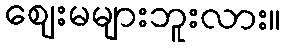
ဈေးမများဘူးလား။